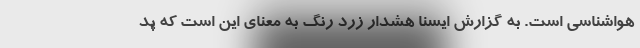
هواشناسی است. به گزارش ایسنا هشدار زرد رنگ به معنای این است که پد